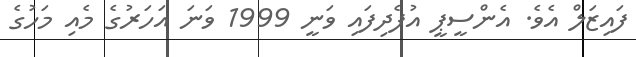
ފައިޒަލް އެވެ. އެންސީޕީ އުފެދިފައި ވަނީ 1999 ވަނަ އަހަރުގެ މެއި މަހުގެ